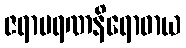
ဇရာမရဏနိရောဓာယ